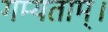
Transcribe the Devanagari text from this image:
गम्यताम्।